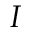
I